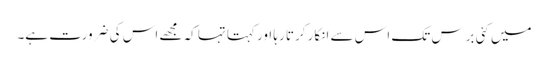
میں کئی برس تک اس سے انکار کرتا رہا اور کہتا تہا کہ مجھے اس کی ضرورت ہے۔